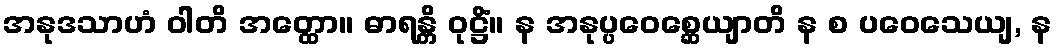
အနုဒသာဟံ ဝါတိ အတ္ထော။ ဓာရန္တိ ဝုဋ္ဌိံ။ န အနုပ္ပဝေစ္ဆေယျာတိ န စ ပဝေသေယျ, န